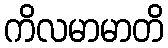
ကိလမာမာတိ